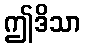
ဤဒိသာ